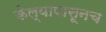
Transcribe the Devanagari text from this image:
केल्यापासूनच